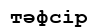
тәфсір